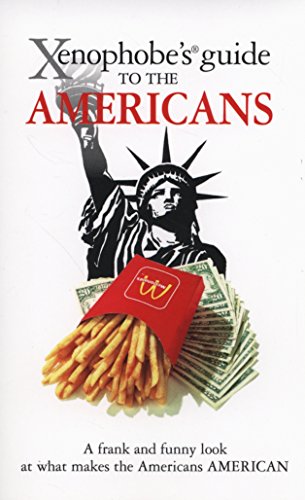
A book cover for Xenophobe's Guide to the Americans; Stephanie Faul; Humor & Entertainment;